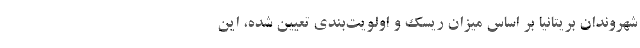
شهروندان بریتانیا بر اساس میزان ریسک و اولویت‌بندی تعیین شده، این